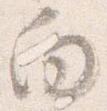
向